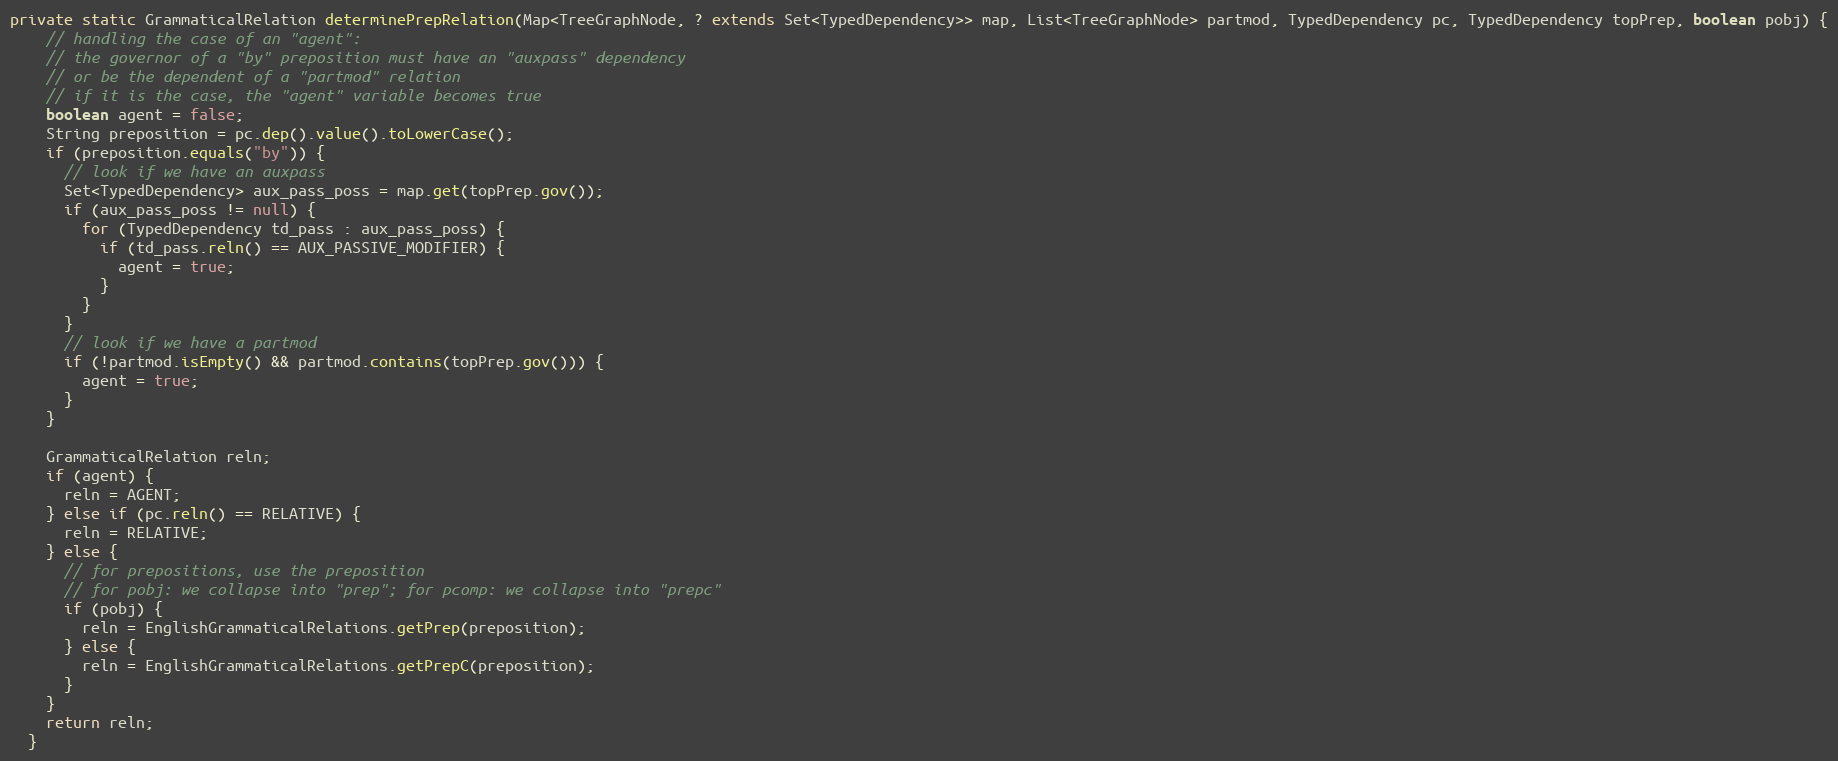
Language: Java
private static GrammaticalRelation determinePrepRelation(Map<TreeGraphNode, ? extends Set<TypedDependency>> map, List<TreeGraphNode> partmod, TypedDependency pc, TypedDependency topPrep, boolean pobj) {
    // handling the case of an "agent":
    // the governor of a "by" preposition must have an "auxpass" dependency
    // or be the dependent of a "partmod" relation
    // if it is the case, the "agent" variable becomes true
    boolean agent = false;
    String preposition = pc.dep().value().toLowerCase();
    if (preposition.equals("by")) {
      // look if we have an auxpass
      Set<TypedDependency> aux_pass_poss = map.get(topPrep.gov());
      if (aux_pass_poss != null) {
        for (TypedDependency td_pass : aux_pass_poss) {
          if (td_pass.reln() == AUX_PASSIVE_MODIFIER) {
            agent = true;
          }
        }
      }
      // look if we have a partmod
      if (!partmod.isEmpty() && partmod.contains(topPrep.gov())) {
        agent = true;
      }
    }

    GrammaticalRelation reln;
    if (agent) {
      reln = AGENT;
    } else if (pc.reln() == RELATIVE) {
      reln = RELATIVE;
    } else {
      // for prepositions, use the preposition
      // for pobj: we collapse into "prep"; for pcomp: we collapse into "prepc"
      if (pobj) {
        reln = EnglishGrammaticalRelations.getPrep(preposition);
      } else {
        reln = EnglishGrammaticalRelations.getPrepC(preposition);
      }
    }
    return reln;
  }